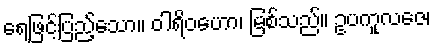
ရေဖြင့်ပြည့်သော။ ဝါရိဝဟော၊ မြစ်သည်။ ဥပကူလဇေ၊